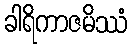
ခါရိကာဇမိဿံ